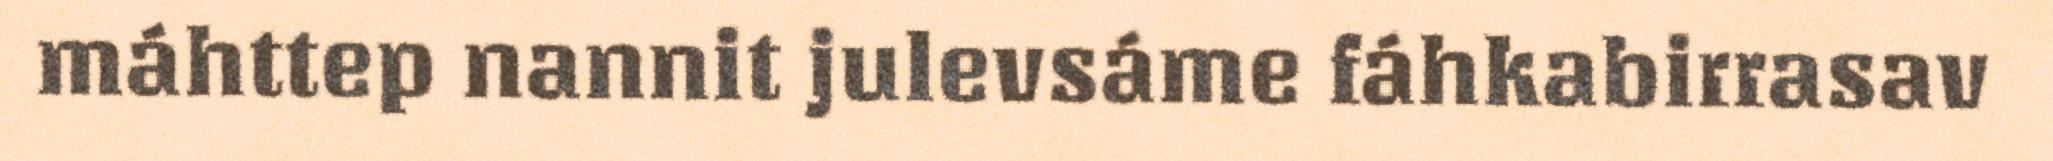
máhttep nannit julevsáme fáhkabirrasav